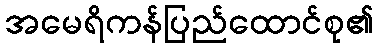
အမေရိကန်ပြည်ထောင်စု၏